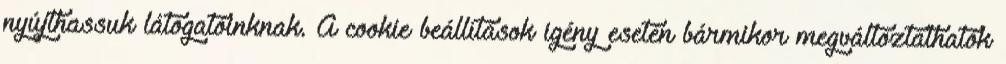
nyújthassuk látogatóinknak. A cookie beállítások igény esetén bármikor megváltoztathatók